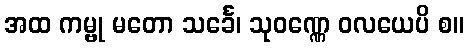
အထ ကမ္ဗု မတော သင်္ခေ၊ သုဝဏ္ဏေ ဝလယေပိ စ။